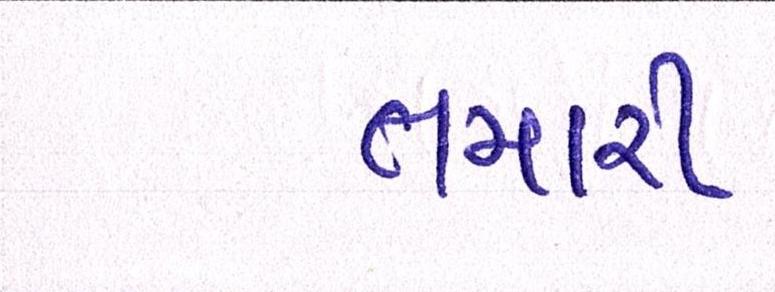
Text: તમારી